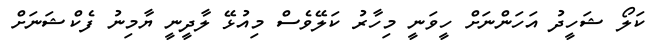
ކަލޯ ޝަހީދު އަހަންނަށް ހީވަނީ މިހާރު ކަލޭވެސް މިއުޅޭ ލާދީނީ ޔާމިނު ފެކްޝަނަށް